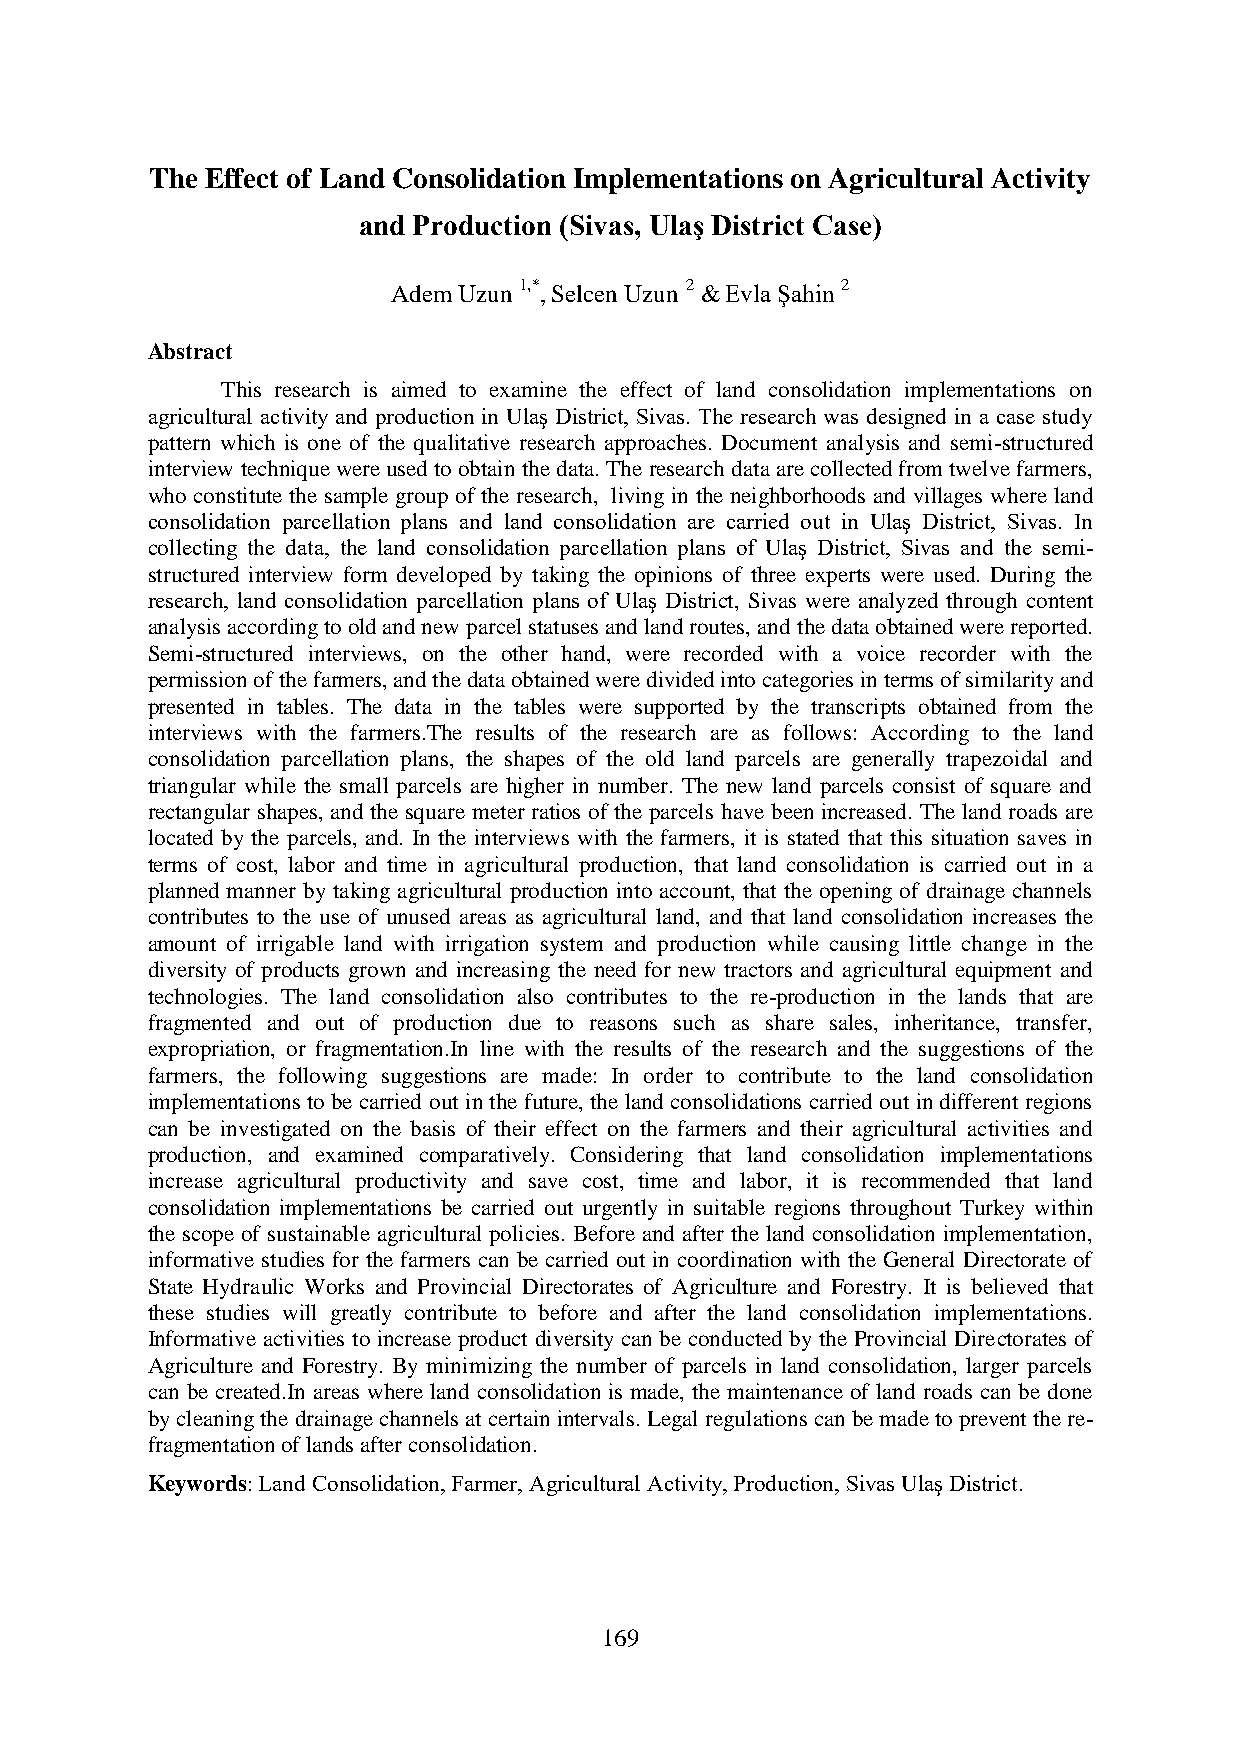
The Effect of Land Consolidation Implementations on Agricultural Activity
 and Production (Sivas, Ulaş District Case)
 Adem Uzun 1,*, Selcen Uzun 2 & Evla Şahin 2
 Abstract
 This research is aimed to examine the effect of land consolidation implementations on
 agricultural activity and production in Ulaş District, Sivas. The research was designed in a case study
 pattern which is one of the qualitative research approaches. Document analysis and semi-structured
 interview technique were used to obtain the data. The research data are collected from twelve farmers,
 who constitute the sample group of the research, living in the neighborhoods and villages where land
 consolidation parcellation plans and land consolidation are carried out in Ulaş District, Sivas. In
 collecting the data, the land consolidation parcellation plans of Ulaş District, Sivas and the semi-
 structured interview form developed by taking the opinions of three experts were used. During the
 research, land consolidation parcellation plans of Ulaş District, Sivas were analyzed through content
 analysis according to old and new parcel statuses and land routes, and the data obtained were reported.
 Semi-structured interviews, on the other hand, were recorded with a voice recorder with the
 permission of the farmers, and the data obtained were divided into categories in terms of similarity and
 presented in tables. The data in the tables were supported by the transcripts obtained from the
 interviews with the farmers.The results of the research are as follows: According to the land
 consolidation parcellation plans, the shapes of the old land parcels are generally trapezoidal and
 triangular while the small parcels are higher in number. The new land parcels consist of square and
 rectangular shapes, and the square meter ratios of the parcels have been increased. The land roads are
 located by the parcels, and. In the interviews with the farmers, it is stated that this situation saves in
 terms of cost, labor and time in agricultural production, that land consolidation is carried out in a
 planned manner by taking agricultural production into account, that the opening of drainage channels
 contributes to the use of unused areas as agricultural land, and that land consolidation increases the
 amount of irrigable land with irrigation system and production while causing little change in the
 diversity of products grown and increasing the need for new tractors and agricultural equipment and
 technologies. The land consolidation also contributes to the re-production in the lands that are
 fragmented and out of production due to reasons such as share sales, inheritance, transfer,
 expropriation, or fragmentation.In line with the results of the research and the suggestions of the
 farmers, the following suggestions are made: In order to contribute to the land consolidation
 implementations to be carried out in the future, the land consolidations carried out in different regions
 can be investigated on the basis of their effect on the farmers and their agricultural activities and
 production, and examined comparatively. Considering that land consolidation implementations
 increase agricultural productivity and save cost, time and labor, it is recommended that land
 consolidation implementations be carried out urgently in suitable regions throughout Turkey within
 the scope of sustainable agricultural policies. Before and after the land consolidation implementation,
 informative studies for the farmers can be carried out in coordination with the General Directorate of
 State Hydraulic Works and Provincial Directorates of Agriculture and Forestry. It is believed that
 these studies will greatly contribute to before and after the land consolidation implementations.
 Informative activities to increase product diversity can be conducted by the Provincial Directorates of
 Agriculture and Forestry. By minimizing the number of parcels in land consolidation, larger parcels
 can be created.In areas where land consolidation is made, the maintenance of land roads can be done
 by cleaning the drainage channels at certain intervals. Legal regulations can be made to prevent the re-
 fragmentation of lands after consolidation.
 Keywords: Land Consolidation, Farmer, Agricultural Activity, Production, Sivas Ulaş District.
 169